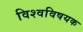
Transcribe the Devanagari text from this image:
विश्वविषयक